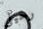
رحيلي